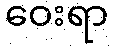
ဝေးရာ